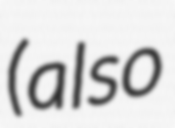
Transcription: (also